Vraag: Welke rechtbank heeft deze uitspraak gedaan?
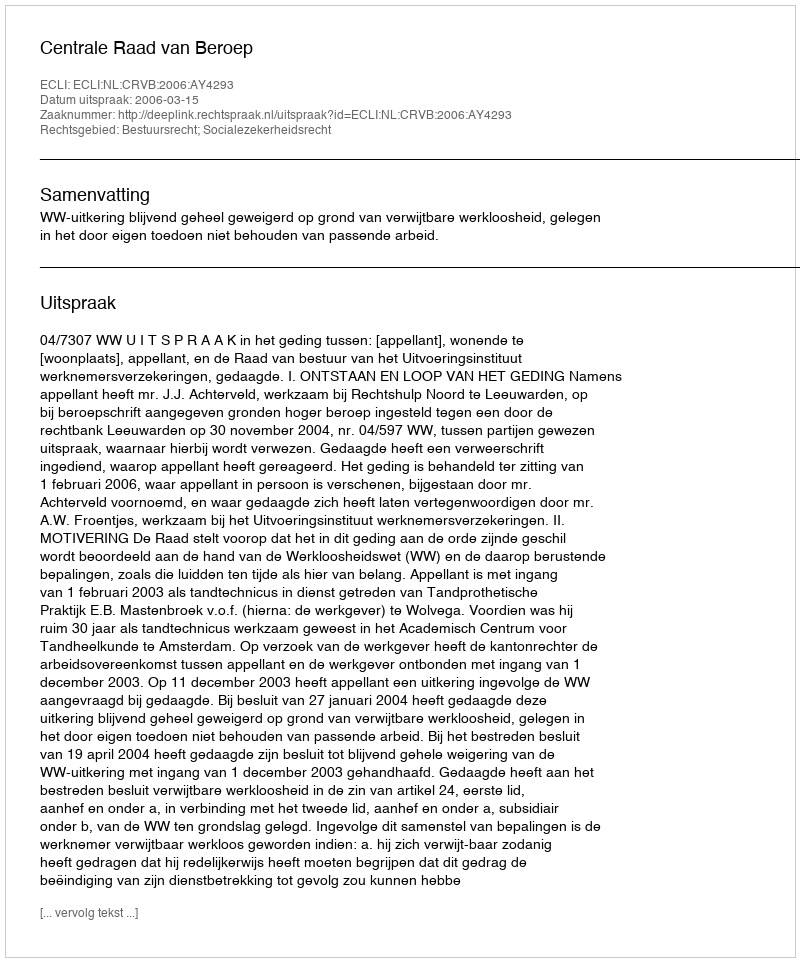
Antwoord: Centrale Raad van Beroep